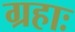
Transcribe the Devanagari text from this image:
ग्रहाः